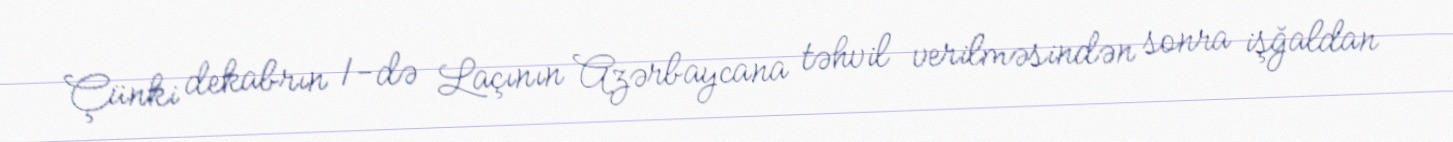
Çünki dekabrın 1-də Laçının Azərbaycana təhvil verilməsindən sonra işğaldan